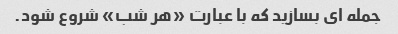
جمله ای بسازید که با عبارت «هر شب» شروع شود.